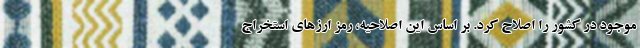
موجود در کشور را اصلاح کرد. بر اساس این اصلاحیه، رمز ارزهای استخراج